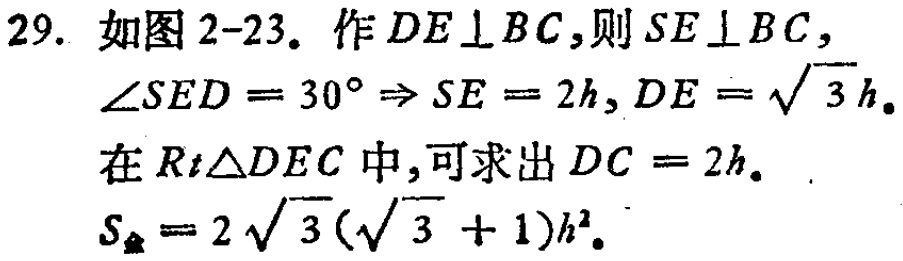
29. 如图2-23。作\(DE\perp BC\)，则\(SE\perp BC\)，
\(\angle SED = 30^{\circ}\Rightarrow SE = 2h\)，\(DE = \sqrt{3}h\)。
在\(Rt\triangle DEC\)中，可求出\(DC = 2h\)。
\(S_{全}= 2\sqrt{3}(\sqrt{3} + 1)h^{2}\)。